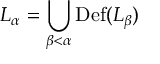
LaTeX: L _ { \alpha } = \bigcup _ { \beta < \alpha } \operatorname { D e f } ( L _ { \beta } )